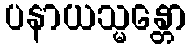
ပနာယသ္မန္တော